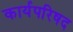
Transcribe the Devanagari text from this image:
कार्यपरिषद